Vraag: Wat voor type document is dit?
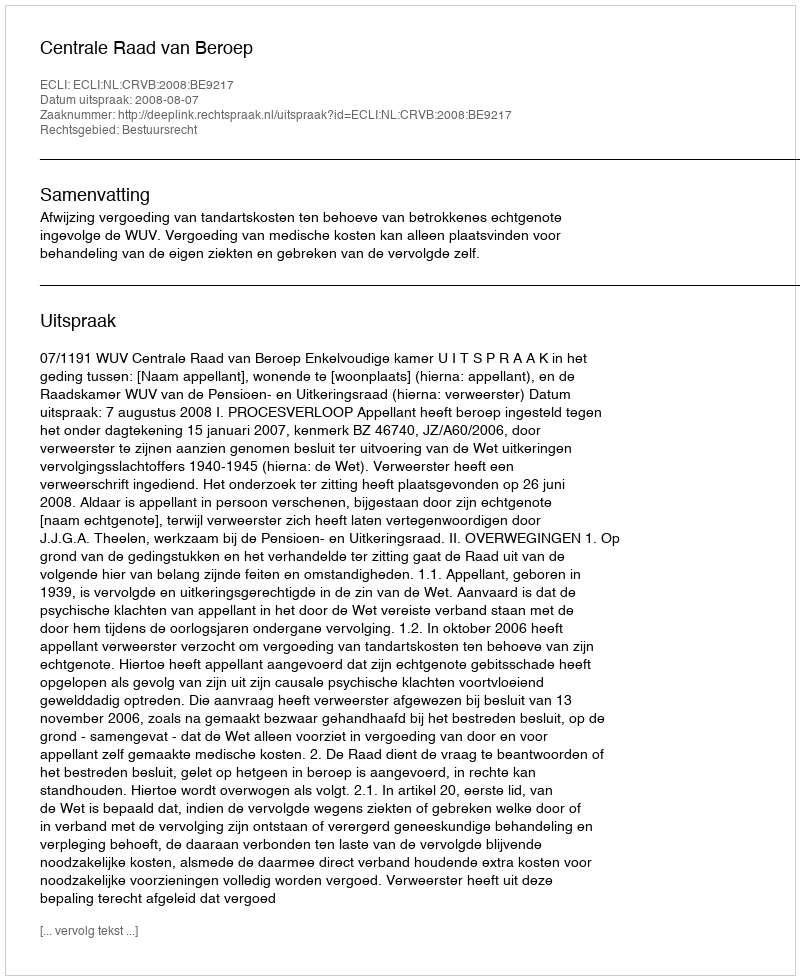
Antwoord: Uitspraak